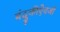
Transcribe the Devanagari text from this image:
बंदुकीऐवजी